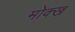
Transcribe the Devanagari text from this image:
मोक्ख